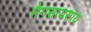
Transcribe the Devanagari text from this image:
मैगसायसाय